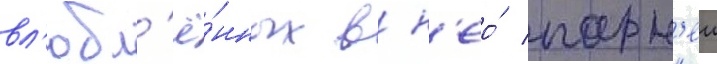
вл'юбл'ё́нных в н'ео́ парн'еи